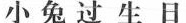
小兔过生日